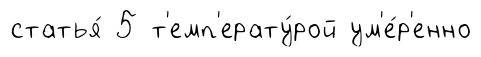
статья́ 5 т'емп'ерату́рой ум'е́р'енно